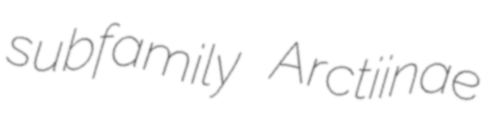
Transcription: subfamily Arctiinae